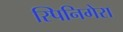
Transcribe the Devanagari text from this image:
स्पिनिगेरा